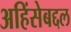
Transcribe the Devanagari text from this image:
अहिंसेबद्दल